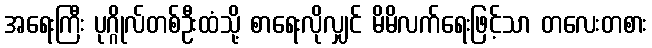
အရေးကြီး ပုဂ္ဂိုလ်တစ်ဦးထံသို့ စာရေးလိုလျှင် မိမိလက်ရေးဖြင့်သာ တလေးတစား